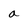
Character: a